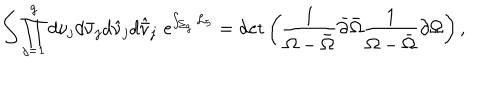
LaTeX: \int \prod _ { j = 1 } ^ { g } d \nu _ { j } d \bar { \nu } _ { j } d \hat { \nu } _ { j } d \hat { \bar { \nu } } _ { j } \, \, \mathrm { e } ^ { \int _ { \Sigma _ { g } } { \cal L } _ { 5 } } = \det \left( { \frac { 1 } { \Omega - \bar { \Omega } } } \bar { \partial } \bar { \Omega } { \frac { 1 } { \Omega - \bar { \Omega } } } \partial \Omega \right) ,